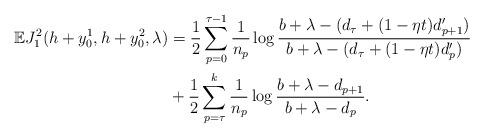
LaTeX: \begin{align*} \mathbb{E} J_1^2(h+y_0^1,h+y_0^2,\lambda)&=\frac{1}{2}\sum_{p=0}^{\tau-1}\frac{1}{n_p}\log\frac{b+\lambda-(d_{\tau}+(1-\eta t)d_{p+1}')}{b+\lambda-(d_{\tau}+(1-\eta t)d_p')}\\&+\frac{1}{2}\sum_{p=\tau}^{k}\frac{1}{n_p}\log\frac{b+\lambda-d_{p+1}}{b+\lambda-d_p}.\end{align*}